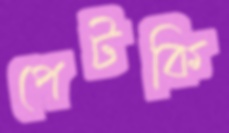
পেটকি